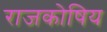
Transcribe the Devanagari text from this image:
राजकोषिय